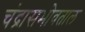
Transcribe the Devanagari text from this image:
चंद्रासभोवताल